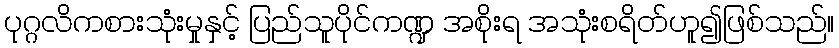
ပုဂ္ဂလိကစားသုံးမှုနှင့် ပြည်သူပိုင်ကဏ္ဍ အစိုးရ အသုံးစရိတ်ဟူ၍ဖြစ်သည်။